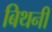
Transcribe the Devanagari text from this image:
बिथनी